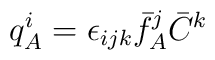
q_{A}^{i} = \epsilon_{ijk} \bar{f}_{A}^{j} \bar{C}^{k}